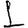
Digit: 1